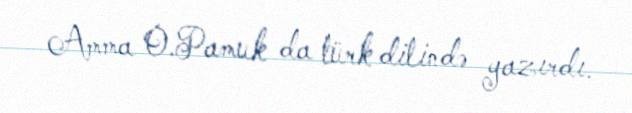
Amma O.Pamuk da türk dilində yazırdı.